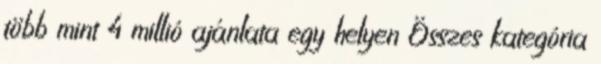
több mint 4 millió ajánlata egy helyen Összes kategória